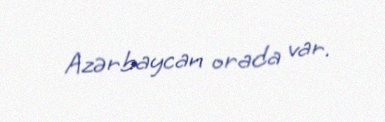
Azərbaycan orada var.